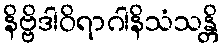
နိဗ္ဗိဒါဝိရာဂါနိသံသန္တိ